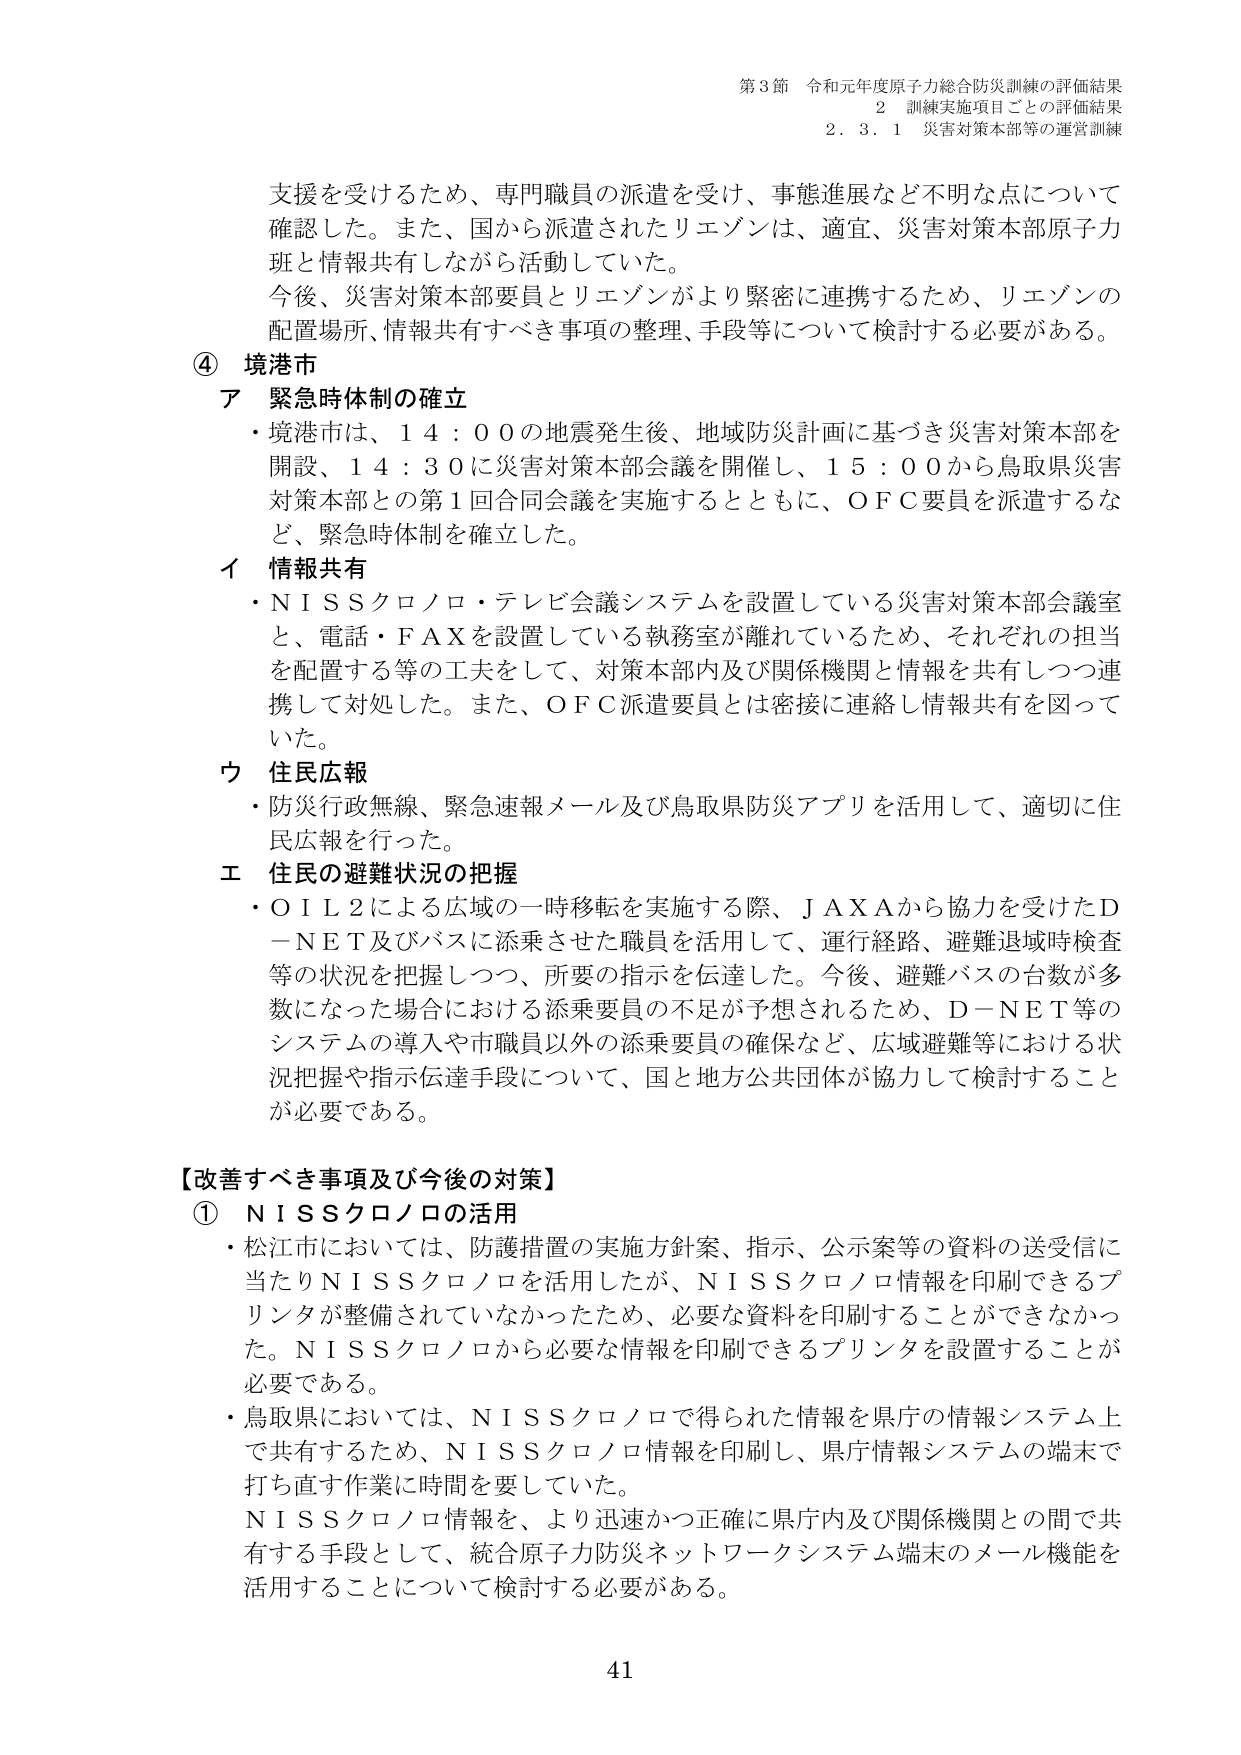
第3節 令和元年度原子力総合防災訓練の評価結果
2 訓練実施項目ごとの評価結果
2.3.1 災害対策本部等の運営訓練

支援を受けるため、専門職員の派遣を受け、事態進展など不明な点について確認した。また、国から派遣されたリエゾンは、適宜、災害対策本部原子力班と情報共有しながら活動していた。
今後、災害対策本部要員とリエゾンがより緊密に連携するため、リエゾンの配置場所、情報共有すべき事項の整理、手段等について検討する必要がある。

④ 境港市
ア 緊急時体制の確立
・境港市は、14：00の地震発生後、地域防災計画に基づき災害対策本部を開設、14：30に災害対策本部会議を開催し、15：00から鳥取県災害対策本部との第1回合同会議を実施するとともに、OFC要員を派遣するなど、緊急時体制を確立した。

イ 情報共有
・NISSクロノロ・テレビ会議システムを設置している災害対策本部会議室と、電話・FAXを設置している執務室が離れているため、それぞれの担当を配置する等の工夫をして、対策本部内及び関係機関と情報を共有しつつ連携して対処した。また、OFC派遣要員とは密接に連絡し情報共有を図っていた。

ウ 住民広報
・防災行政無線、緊急速報メール及び鳥取県防災アプリを活用して、適切に住民広報を行った。

エ 住民の避難状況の把握
・OIL2による広域の一時移転を実施する際、JAXAから協力を受けたD-NET及びバスに添乗させた職員を活用して、運行経路、避難退域時検査等の状況を把握しつつ、所要の指示を伝達した。今後、避難バスの台数が多数になった場合における添乗要員の不足が予想されるため、D-NET等のシステムの導入や市職員以外の添乗要員の確保など、広域避難等における状況把握や指示伝達手段について、国と地方公共団体が協力して検討することが必要である。

【改善すべき事項及び今後の対策】
① NISSクロノロの活用
・松江市においては、防護措置の実施方針案、指示、公示案等の資料の送受信に当たりNISSクロノロを活用したが、NISSクロノロ情報を印刷できるプリンタが整備されていなかったため、必要な資料を印刷することができなかった。NISSクロノロから必要な情報を印刷できるプリンタを設置することが必要である。
・鳥取県においては、NISSクロノロで得られた情報を県庁の情報システム上で共有するため、NISSクロノロ情報を印刷し、県庁情報システムの端末で打ち直す作業に時間を要していた。
NISSクロノロ情報を、より迅速かつ正確に県庁内及び関係機関との間で共有する手段として、統合原子力防災ネットワークシステム端末のメール機能を活用することについて検討する必要がある。

41